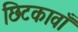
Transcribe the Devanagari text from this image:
छिटकावाँ